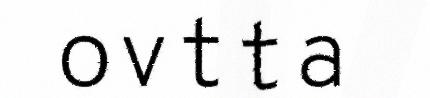
ovtta